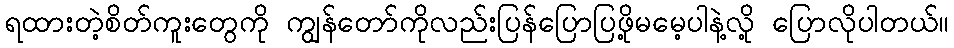
ရထားတဲ့စိတ်ကူးတွေကို ကျွန်တော်ကိုလည်းပြန်ပြောပြဖို့မမေ့ပါနဲ့လို့ ပြောလိုပါတယ်။